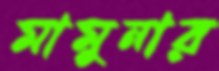
মামুনার